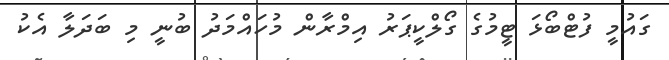
ގައުމީ ފުޓްބޯޅަ ޓީމުގެ ގޯލްކީޕަރު އިމްރާން މުހައްމަދު ބުނީ މި ބަދަލާ އެކު